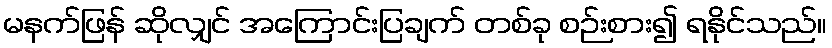
မနက်ဖြန် ဆိုလျှင် အကြောင်းပြချက် တစ်ခု စဉ်းစား၍ ရနိုင်သည်။